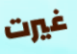
غيرت